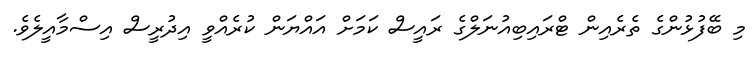
މި ބޭފުޅުންގެ ތެރެއިން ޓްރައިބިއުނަލްގެ ރައީސް ކަމަށް އައްޔަން ކުރެއްވީ އިދުރީސް އިސްމާއީލެވެ.